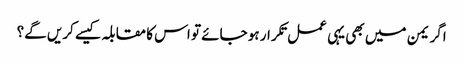
اگر یمن میں بھی یہی عمل تکرار ہو جائے تو اس کا مقابلہ کیسے کریں گے؟